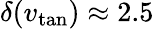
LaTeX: \delta(v_{\mathrm{tan}})\approx 2.5